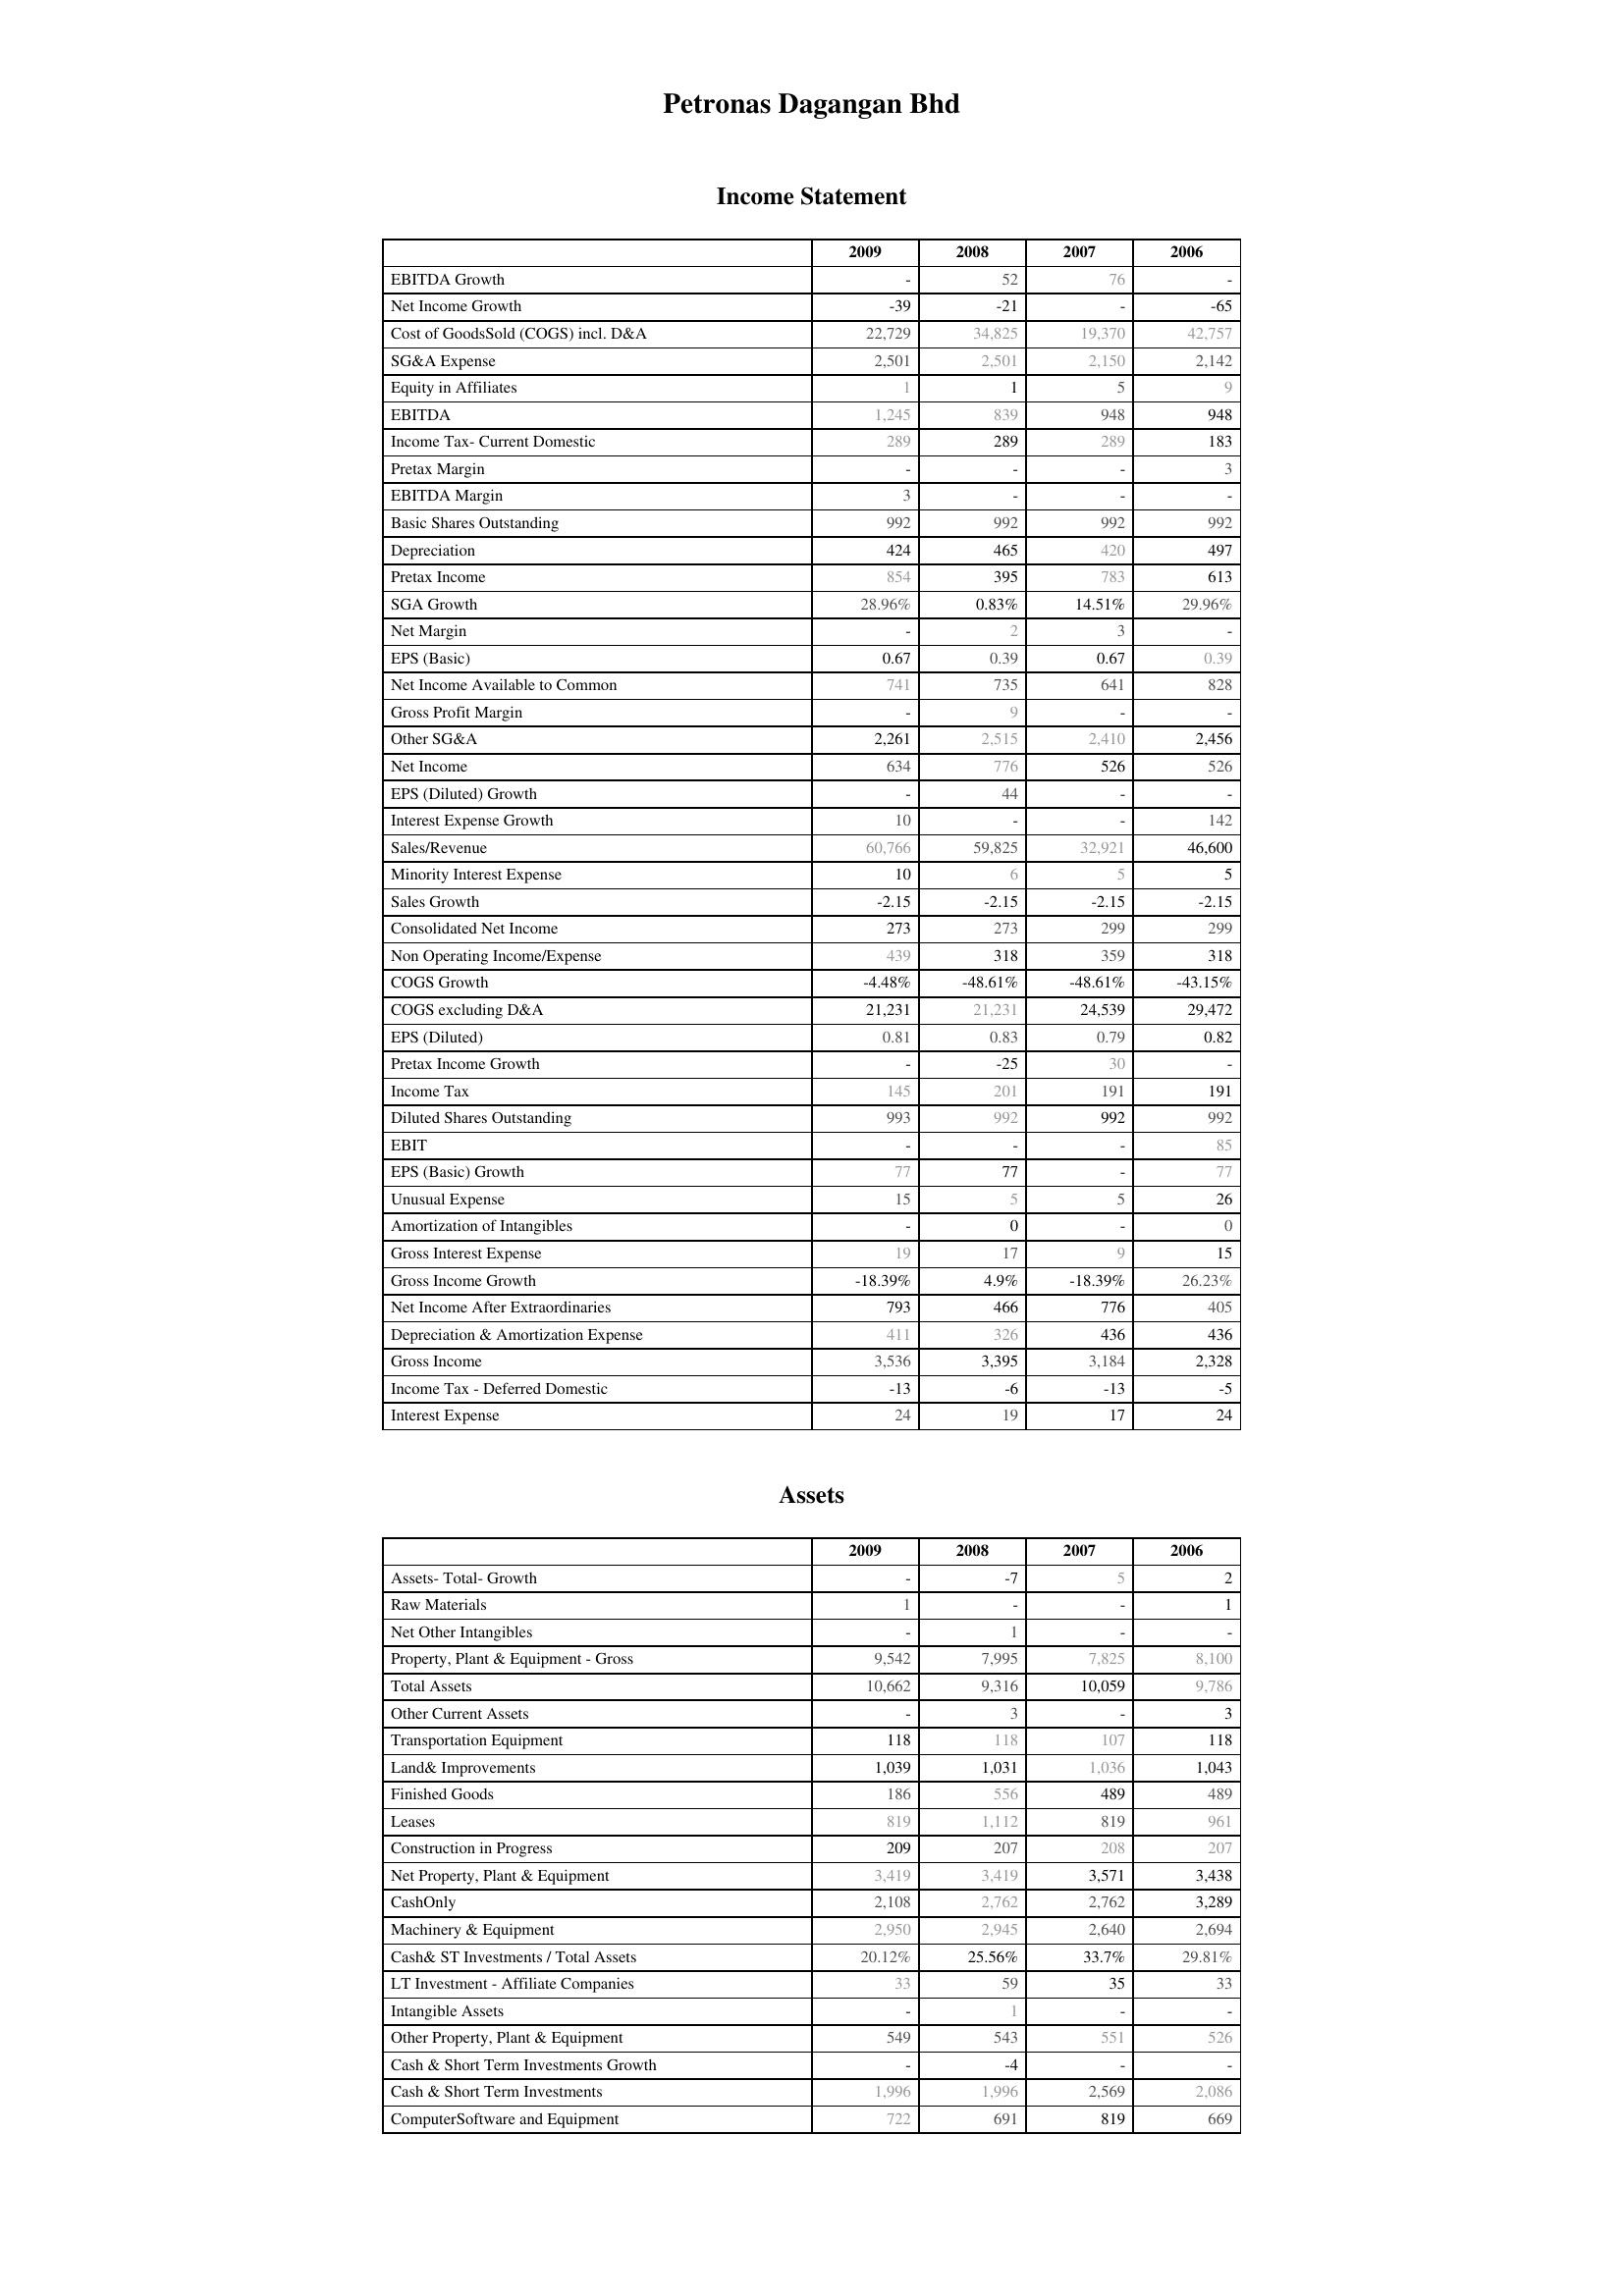
2009: Income Statement: EBITDA Growth: -
Net Income Growth: -39
Cost of GoodsSold (COGS) incl. D&A: 22,729
SG&A Expense: 2,501
Equity in Affiliates: 1
EBITDA: 1,245
Income Tax- Current Domestic: 289
Pretax Margin: -
EBITDA Margin: 3
Basic Shares Outstanding: 992
Depreciation: 424
Pretax Income: 854
SGA Growth: 28.96%
Net Margin: -
EPS (Basic): 0.67
Net Income Available to Common: 741
Gross Profit Margin: -
Other SG&A: 2,261
Net Income: 634
EPS (Diluted) Growth: -
Interest Expense Growth: 10
Sales/Revenue: 60,766
Minority Interest Expense: 10
Sales Growth: -2.15
Consolidated Net Income: 273
Non Operating Income/Expense: 439
COGS Growth: -4.48%
COGS excluding D&A: 21,231
EPS (Diluted): 0.81
Pretax Income Growth: -
Income Tax: 145
Diluted Shares Outstanding: 993
EBIT: -
EPS (Basic) Growth: 77
Unusual Expense: 15
Amortization of Intangibles: -
Gross Interest Expense: 19
Gross Income Growth: -18.39%
Net Income After Extraordinaries: 793
Depreciation & Amortization Expense: 411
Gross Income: 3,536
Income Tax - Deferred Domestic: -13
Interest Expense: 24
Assets: Assets- Total- Growth: -
Raw Materials: 1
Net Other Intangibles: -
Property, Plant & Equipment - Gross : 9,542
Total Assets: 10,662
Other Current Assets: -
Transportation Equipment: 118
Land& Improvements: 1,039
Finished Goods: 186
Leases: 819
Construction in Progress: 209
Net Property, Plant & Equipment: 3,419
CashOnly: 2,108
Machinery & Equipment: 2,950
Cash& ST Investments / Total Assets: 20.12%
LT Investment - Affiliate Companies: 33
Intangible Assets: -
Other Property, Plant & Equipment: 549
Cash & Short Term Investments Growth: -
Cash & Short Term Investments: 1,996
ComputerSoftware and Equipment: 722
2008: Income Statement: EBITDA Growth: 52
Net Income Growth: -21
Cost of GoodsSold (COGS) incl. D&A: 34,825
SG&A Expense: 2,501
Equity in Affiliates: 1
EBITDA: 839
Income Tax- Current Domestic: 289
Pretax Margin: -
EBITDA Margin: -
Basic Shares Outstanding: 992
Depreciation: 465
Pretax Income: 395
SGA Growth: 0.83%
Net Margin: 2
EPS (Basic): 0.39
Net Income Available to Common: 735
Gross Profit Margin: 9
Other SG&A: 2,515
Net Income: 776
EPS (Diluted) Growth: 44
Interest Expense Growth: -
Sales/Revenue: 59,825
Minority Interest Expense: 6
Sales Growth: -2.15
Consolidated Net Income: 273
Non Operating Income/Expense: 318
COGS Growth: -48.61%
COGS excluding D&A: 21,231
EPS (Diluted): 0.83
Pretax Income Growth: -25
Income Tax: 201
Diluted Shares Outstanding: 992
EBIT: -
EPS (Basic) Growth: 77
Unusual Expense: 5
Amortization of Intangibles: 0
Gross Interest Expense: 17
Gross Income Growth: 4.9%
Net Income After Extraordinaries: 466
Depreciation & Amortization Expense: 326
Gross Income: 3,395
Income Tax - Deferred Domestic: -6
Interest Expense: 19
Assets: Assets- Total- Growth: -7
Raw Materials: -
Net Other Intangibles: 1
Property, Plant & Equipment - Gross : 7,995
Total Assets: 9,316
Other Current Assets: 3
Transportation Equipment: 118
Land& Improvements: 1,031
Finished Goods: 556
Leases: 1,112
Construction in Progress: 207
Net Property, Plant & Equipment: 3,419
CashOnly: 2,762
Machinery & Equipment: 2,945
Cash& ST Investments / Total Assets: 25.56%
LT Investment - Affiliate Companies: 59
Intangible Assets: 1
Other Property, Plant & Equipment: 543
Cash & Short Term Investments Growth: -4
Cash & Short Term Investments: 1,996
ComputerSoftware and Equipment: 691
2007: Income Statement: EBITDA Growth: 76
Net Income Growth: -
Cost of GoodsSold (COGS) incl. D&A: 19,370
SG&A Expense: 2,150
Equity in Affiliates: 5
EBITDA: 948
Income Tax- Current Domestic: 289
Pretax Margin: -
EBITDA Margin: -
Basic Shares Outstanding: 992
Depreciation: 420
Pretax Income: 783
SGA Growth: 14.51%
Net Margin: 3
EPS (Basic): 0.67
Net Income Available to Common: 641
Gross Profit Margin: -
Other SG&A: 2,410
Net Income: 526
EPS (Diluted) Growth: -
Interest Expense Growth: -
Sales/Revenue: 32,921
Minority Interest Expense: 5
Sales Growth: -2.15
Consolidated Net Income: 299
Non Operating Income/Expense: 359
COGS Growth: -48.61%
COGS excluding D&A: 24,539
EPS (Diluted): 0.79
Pretax Income Growth: 30
Income Tax: 191
Diluted Shares Outstanding: 992
EBIT: -
EPS (Basic) Growth: -
Unusual Expense: 5
Amortization of Intangibles: -
Gross Interest Expense: 9
Gross Income Growth: -18.39%
Net Income After Extraordinaries: 776
Depreciation & Amortization Expense: 436
Gross Income: 3,184
Income Tax - Deferred Domestic: -13
Interest Expense: 17
Assets: Assets- Total- Growth: 5
Raw Materials: -
Net Other Intangibles: -
Property, Plant & Equipment - Gross : 7,825
Total Assets: 10,059
Other Current Assets: -
Transportation Equipment: 107
Land& Improvements: 1,036
Finished Goods: 489
Leases: 819
Construction in Progress: 208
Net Property, Plant & Equipment: 3,571
CashOnly: 2,762
Machinery & Equipment: 2,640
Cash& ST Investments / Total Assets: 33.7%
LT Investment - Affiliate Companies: 35
Intangible Assets: -
Other Property, Plant & Equipment: 551
Cash & Short Term Investments Growth: -
Cash & Short Term Investments: 2,569
ComputerSoftware and Equipment: 819
2006: Income Statement: EBITDA Growth: -
Net Income Growth: -65
Cost of GoodsSold (COGS) incl. D&A: 42,757
SG&A Expense: 2,142
Equity in Affiliates: 9
EBITDA: 948
Income Tax- Current Domestic: 183
Pretax Margin: 3
EBITDA Margin: -
Basic Shares Outstanding: 992
Depreciation: 497
Pretax Income: 613
SGA Growth: 29.96%
Net Margin: -
EPS (Basic): 0.39
Net Income Available to Common: 828
Gross Profit Margin: -
Other SG&A: 2,456
Net Income: 526
EPS (Diluted) Growth: -
Interest Expense Growth: 142
Sales/Revenue: 46,600
Minority Interest Expense: 5
Sales Growth: -2.15
Consolidated Net Income: 299
Non Operating Income/Expense: 318
COGS Growth: -43.15%
COGS excluding D&A: 29,472
EPS (Diluted): 0.82
Pretax Income Growth: -
Income Tax: 191
Diluted Shares Outstanding: 992
EBIT: 85
EPS (Basic) Growth: 77
Unusual Expense: 26
Amortization of Intangibles: 0
Gross Interest Expense: 15
Gross Income Growth: 26.23%
Net Income After Extraordinaries: 405
Depreciation & Amortization Expense: 436
Gross Income: 2,328
Income Tax - Deferred Domestic: -5
Interest Expense: 24
Assets: Assets- Total- Growth: 2
Raw Materials: 1
Net Other Intangibles: -
Property, Plant & Equipment - Gross : 8,100
Total Assets: 9,786
Other Current Assets: 3
Transportation Equipment: 118
Land& Improvements: 1,043
Finished Goods: 489
Leases: 961
Construction in Progress: 207
Net Property, Plant & Equipment: 3,438
CashOnly: 3,289
Machinery & Equipment: 2,694
Cash& ST Investments / Total Assets: 29.81%
LT Investment - Affiliate Companies: 33
Intangible Assets: -
Other Property, Plant & Equipment: 526
Cash & Short Term Investments Growth: -
Cash & Short Term Investments: 2,086
ComputerSoftware and Equipment: 669